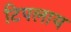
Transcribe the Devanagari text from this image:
टिपलाय